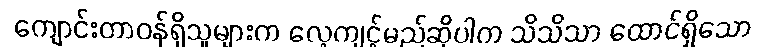
ကျောင်းတာဝန်ရှိသူများက လေ့ကျင့်မည်ဆိုပါက သိသိသာ ထောင်ရှိသော